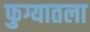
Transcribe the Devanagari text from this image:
फुग्यातला